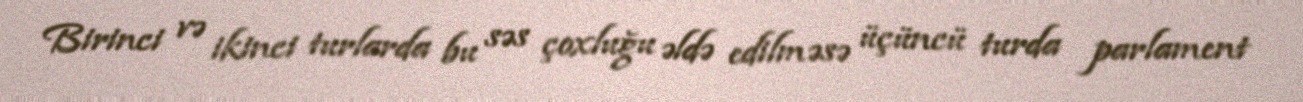
Birinci və ikinci turlarda bu səs çoxluğu əldə edilməsə üçüncü turda parlament